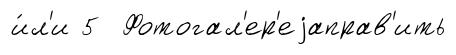
и́л'и 5 Фотогал'ер'еjаправ'ить